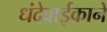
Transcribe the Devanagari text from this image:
धंदेवाईकानें